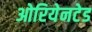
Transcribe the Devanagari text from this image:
ओरियेनटेड